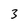
Character: 3